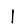
Digit: 1